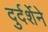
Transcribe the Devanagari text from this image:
दुर्दर्शेने